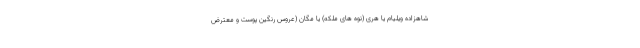
شاهزاده ویلیام یا هری (نوه های ملکه) یا مگان (عروس رنگین پوست و معترض